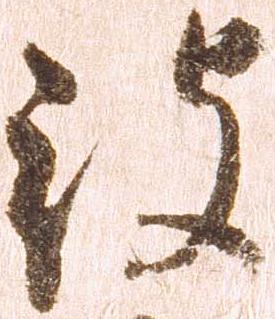
被